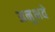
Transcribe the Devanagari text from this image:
अनुभवे